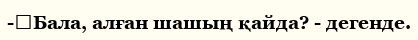
-	Бала, алған шашың қайда? - дегенде.